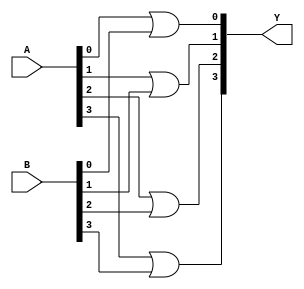
module Or_Verilog_P (A, B, Y);
    
    parameter N = 4;
        input [N-1:0] A;
        input [N-1:0] B;
        output [N-1:0] Y;
        
        genvar i;
        generate for(i = 0; i < N; i = i + 1) 
        begin:r_loop
            or g1(Y[i], A[i], B[i]);
        end
        endgenerate
        
endmodule